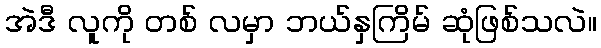
အဲဒီ လူကို တစ် လမှာ ဘယ်နှကြိမ် ဆုံဖြစ်သလဲ။